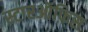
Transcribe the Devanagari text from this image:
स्टारऑफिस